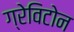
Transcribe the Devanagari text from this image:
ग्रेविटोन